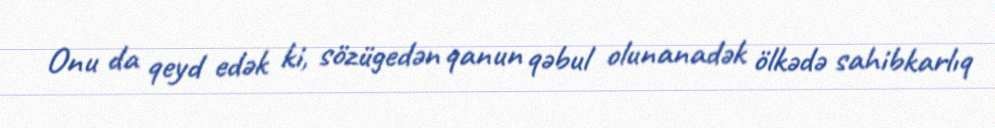
Onu da qeyd edək ki, sözügedən qanun qəbul olunanadək ölkədə sahibkarlıq